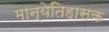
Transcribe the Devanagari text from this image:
मान्येतिहासक